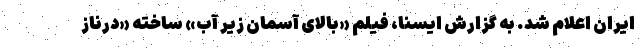
ایران اعلام شد. به گزارش ایسنا، فیلم «بالای آسمان زیر آب» ساخته «درناز